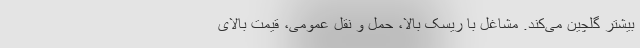
بیشتر گلچین می‌کند. مشاغل با ریسک بالا، حمل و نقل عمومی، قیمت بالای